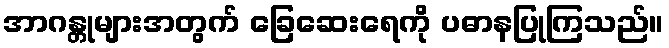
အာဂန္တုများအတွက် ခြေဆေးရေကို ပဓာနပြုကြသည်။